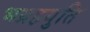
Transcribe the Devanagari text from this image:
भग्रहयुति